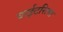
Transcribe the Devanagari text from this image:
वाईटरित्या